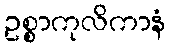
ဥစ္စာကုလိကာနံ